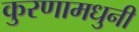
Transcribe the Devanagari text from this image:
कुरणामधुनी